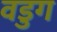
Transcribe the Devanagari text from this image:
वडुग